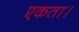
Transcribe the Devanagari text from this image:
एकता।